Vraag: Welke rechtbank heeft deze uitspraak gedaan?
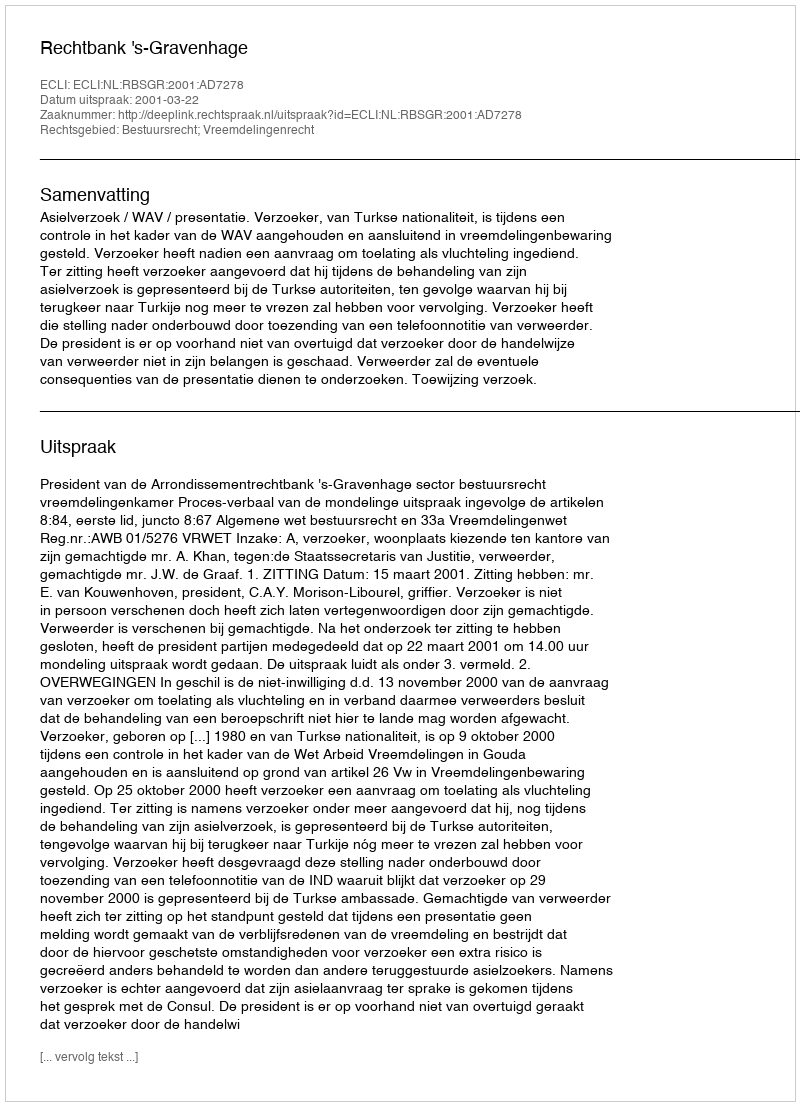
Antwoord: Rechtbank 's-Gravenhage